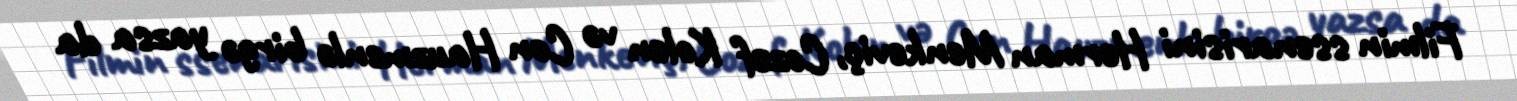
Filmin ssenarisini Herman Menkeviç, Cozef Kolen və Con Hauzmenlə birgə yazsa da